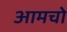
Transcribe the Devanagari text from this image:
आमचो